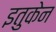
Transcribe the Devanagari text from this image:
इतुकेन